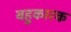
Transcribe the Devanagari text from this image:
बहुकारक